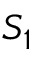
S _ { 1 }